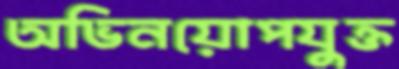
অভিনয়োপযুক্ত